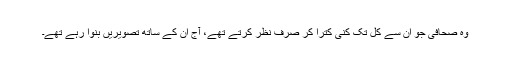
وہ صحافی جو ان سے کل تک کنی کترا کر صرف نظر کرتے تھے، آج ان کے ساتھ تصویریں بنوا رہے تھے۔